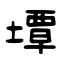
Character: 墰